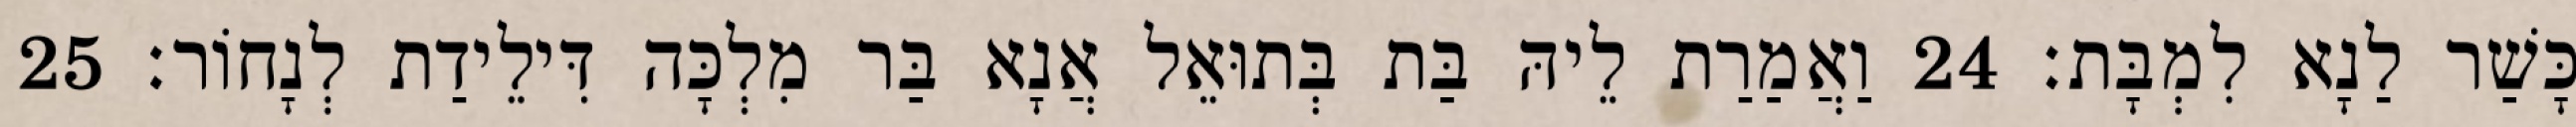
כָּשַׁר לַנָא לִמְבָּת׃ 24 וַאֲמַרַת לֵיהּ בַּת בְּתוּאֵל אֲנָא בַּר מִלְכָּה דִּילֵידַת לְנָחוֹר׃ 25